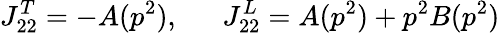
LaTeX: J_{22}^{T}=-A(p^{2}),\ \ \ \ \ \ J_{22}^{L}=A(p^{2})+p^{2}B(p^{2})